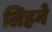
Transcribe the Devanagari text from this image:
लिहने